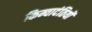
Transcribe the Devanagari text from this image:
किम्वादंतियों